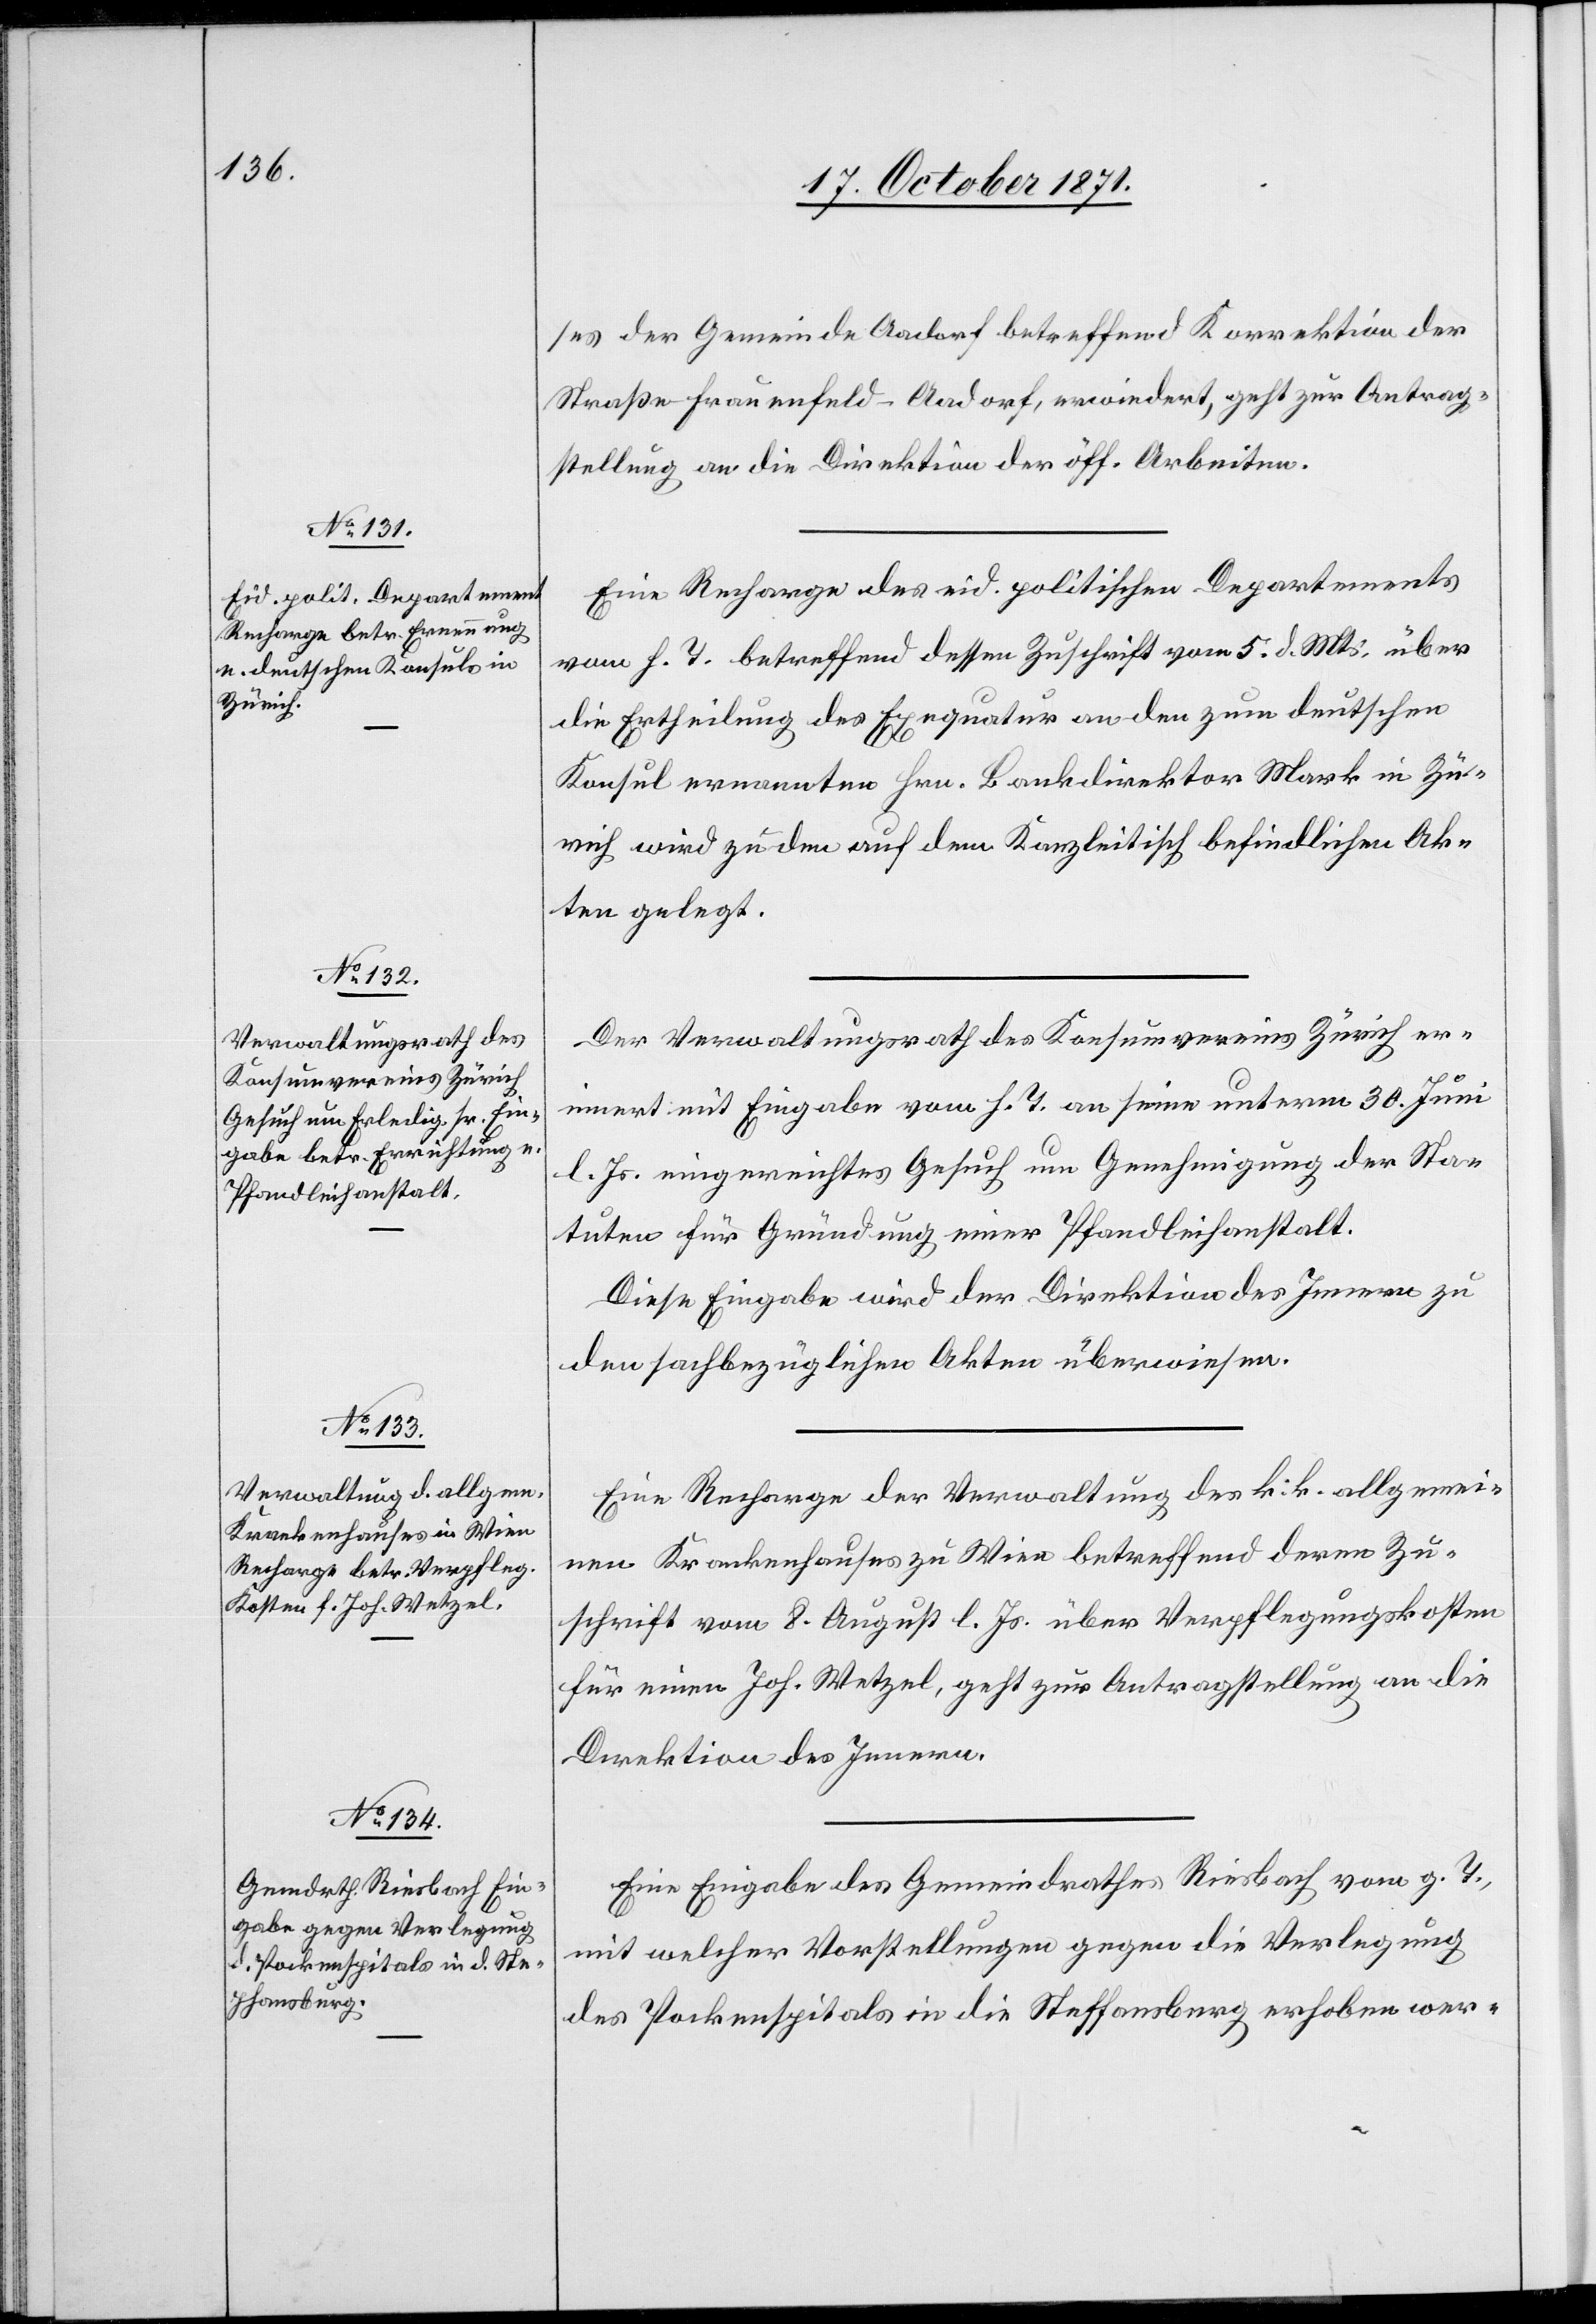
17. October 1871.]
ses der Gemeinde Aadorf betreffend Korrektion der
Straße Frauenfeld–Aadorf, erwiedert, geht zur Antrag¬
stellung an die Direktion der öff. Arbeiten.
Eine Recharge des eid. politischen Departements
vom h. T. betreffend dessen Zuschrift vom 5. d. Mts. über
die Ertheilung der Exequatur an den zum deutschen
Konsul ernannten Hrn. Bankdirektor Mark in Zü¬
rich wird zu den auf dem Kanlzeitisch befindlichen Ak¬
ten gelegt.
Der Verwaltungsrath des Konsumvereins Zürich er¬
innert mit Eingabe vom h. T. an sein unterm 30. Juni
l. Js. eingereichtes Gesuch um Genehmigung der Sta¬
tuen für Gründung einer Pfandleihanstalt.
Diese Eingabe wird der Direktion des Innern zu
den sachbezüglichen Akten überwiesen.
Eine Recharge der Verwaltung des k. k. allgemei¬
nen Krankenhauses zu Wien betreffend deren Zu¬
schrift vom 8. August l. Js. über Verpflegungskosten
für einen Joh. Wetzel, geht zur Antragstellung an die
Direktion des Innern.
Eine Eingabe des Gemeindrathes Riesbach vom g. T.,
mit welcher Vorstellungen gegen die Verlegung
des Pockenspitals in die Steffansburg erhoben wer-